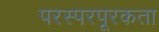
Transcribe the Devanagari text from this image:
परस्परपूरकता